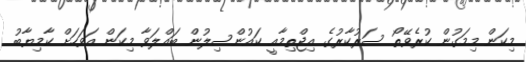
މިކަން މިމަގުން ކުރެވޭތޯ ސަރުކާރުގެ އިޖްތިމާއީ ކައުންސިލުން ބައްލަވާ މިކަން އަވަހަށް ކާމިޔާބު